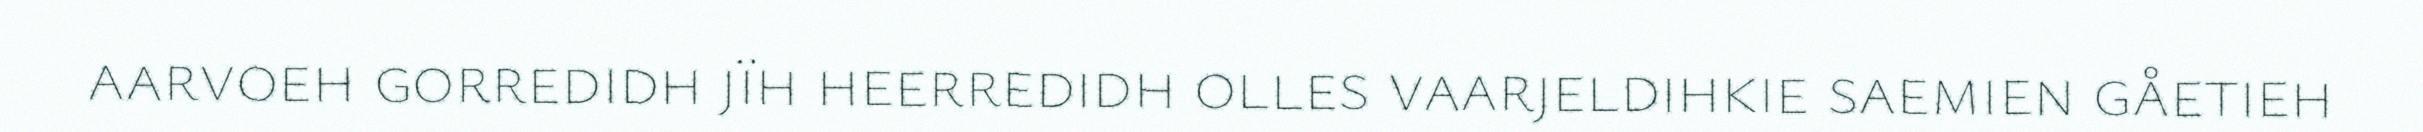
aarvoeh gorredidh jïh heerredidh olles vaarjeldihkie saemien gåetieh